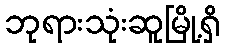
ဘုရားသုံးဆူမြို့ရှိ